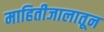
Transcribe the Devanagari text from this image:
माहितीजालातून